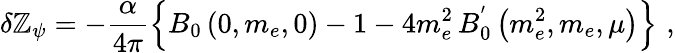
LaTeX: \delta\mathbb{Z}_{\psi}=-\frac{{\alpha}}{{4\pi}}\left\{ B_{0}\left(0,m_{e},0\right)-1-4m_{e}^{2}\, B_{0}^{'}\left(m_{e}^{2},m_{e},\mu\right)\right\} \, \, ,